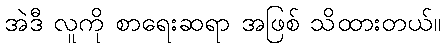
အဲဒီ လူကို စာရေးဆရာ အဖြစ် သိထားတယ်။